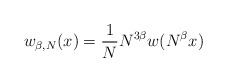
\begin{align*} w_{\beta,N} (x) = \frac{1}{N} N ^{3\beta} w (N ^{\beta} x)\end{align*}